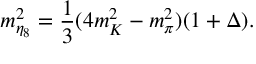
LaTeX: m _ { \eta _ { 8 } } ^ { 2 } = \frac { 1 } { 3 } ( 4 m _ { K } ^ { 2 } - m _ { \pi } ^ { 2 } ) ( 1 + \Delta ) .